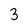
Character: 3